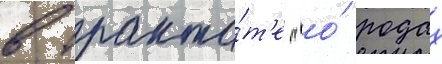
в тракта́т'е "о́ родах